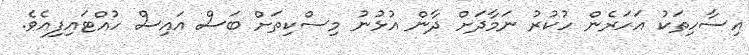
އިސާހިތަކު އަހަރެން ހުކުރު ނަމާދަށް ދާން އުޅުނު މިސްކިތަށް ބަސް އައިސް ހުއްޓައިފިއެވެ.